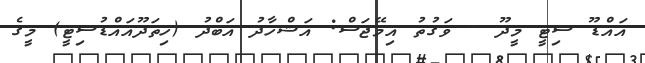
އައްޑޫ ސިޓީ މީދޫ - ވަގުތު އިމޭޖަސް: އަޝްހާދު އަބްދު (ހިތަދޫއައްޑުސިޓީ) މީގެ